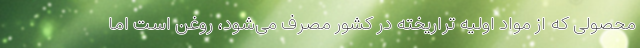
محصولی که از مواد اولیه‌ تراریخته در کشور مصرف می‌شود، روغن است اما